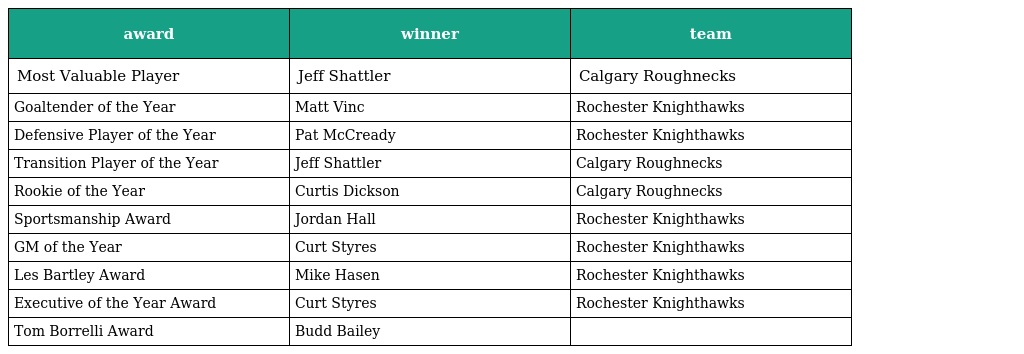
| award | winner | team |
 | --- | --- | --- |
 | Most Valuable Player | Jeff Shattler | Calgary Roughnecks |
 | Goaltender of the Year | Matt Vinc | Rochester Knighthawks |
 | Defensive Player of the Year | Pat McCready | Rochester Knighthawks |
 | Transition Player of the Year | Jeff Shattler | Calgary Roughnecks |
 | Rookie of the Year | Curtis Dickson | Calgary Roughnecks |
 | Sportsmanship Award | Jordan Hall | Rochester Knighthawks |
 | GM of the Year | Curt Styres | Rochester Knighthawks |
 | Les Bartley Award | Mike Hasen | Rochester Knighthawks |
 | Executive of the Year Award | Curt Styres | Rochester Knighthawks |
 | Tom Borrelli Award | Budd Bailey |  |